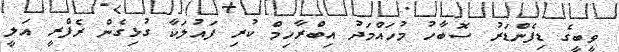
ވީބީގެ ޑިފެންޑަރު ސޮބާހު މުހައްމަދު އިބްރާހިމް ކުރި ފައުލަކާ ގުޅިގެން ރެފްރީ އަލީ